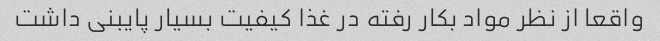
واقعا از نظر مواد بکار رفته در غذا کیفیت بسیار پایبنی داشت